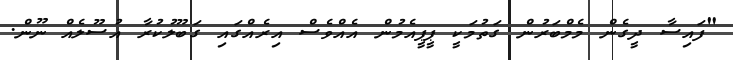
"ފައިސާ ދީގެން މެމްބަރުން ގަތުމަކީ ޕީޕީއެމުން އެއްވެސް އިރެއްގައި ގަބޫލުކުރާ އުސޫލެއް ނޫން.